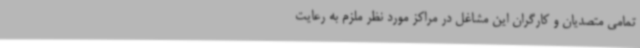
تمامی متصدیان و کارگران این مشاغل در مراکز مورد نظر ملزم به رعایت